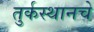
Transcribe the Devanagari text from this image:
तुर्कस्थानचे